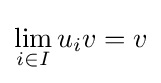
\displaystyle \lim _{i\in I}u_{i}v=v